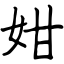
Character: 姏